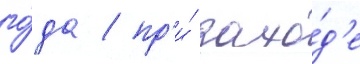
го́да / пр'и́ захо́д'е